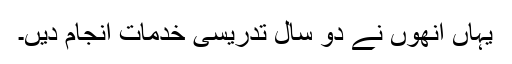
یہاں انھوں نے دو سال تدریسی خدمات انجام دیں۔